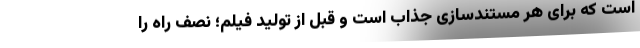
است که برای هر مستندسازی جذاب است و قبل از تولید فیلم؛ نصف راه را